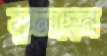
ফুলছেন